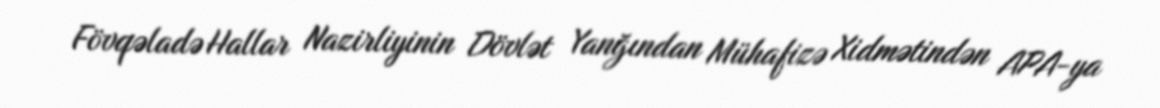
Fövqəladə Hallar Nazirliyinin Dövlət Yanğından Mühafizə Xidmətindən APA-ya